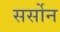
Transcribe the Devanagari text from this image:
सर्सोन